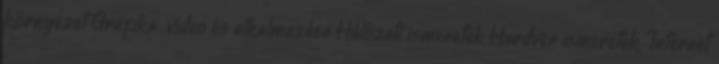
környezet Grafika video és alkalmazása Hálózati ismeretek Hardver ismeretek Internet